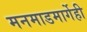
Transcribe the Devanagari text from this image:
मनमाडमार्गेही